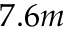
7 . 6 m